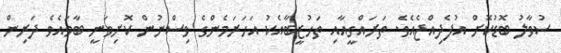
ސުވާލު ބޮޑުކޮށް އުފެދިއްޖެއެވެ. ތަރައްގީއާއި ތަހުޒީބާއެކު އަހަރަމެންގެ ވިސްނުން ކޮށިވަނީ ބާވައެވެ ދަރިން